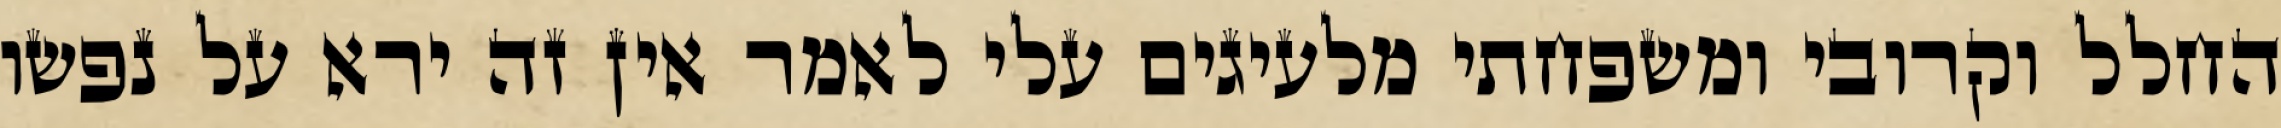
החלל וקרובי ומשפחתי מלעיגים עלי לאמר אין זה ירא על נפשו